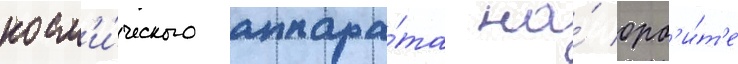
косм'и́ческого аппара́та на́ орб'и́т'е